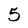
Character: 5